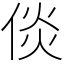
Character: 倓